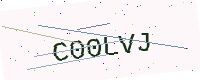
Text: C00LVJ